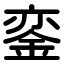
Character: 銮